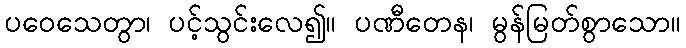
ပဝေသေတွာ၊ ပင့်သွင်းလေ၍။ ပဏီတေန၊ မွန်မြတ်စွာသော။